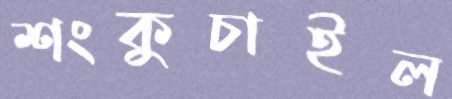
শংকুচাইল